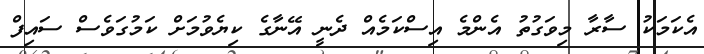
އެކަމަކު ސާރާ މިވަގުތު އެންމެ އިސްކަމެއް ދެނީ އޭނާގެ ކިޔެވުމަށް ކަމުގަވެސް ސައިފް